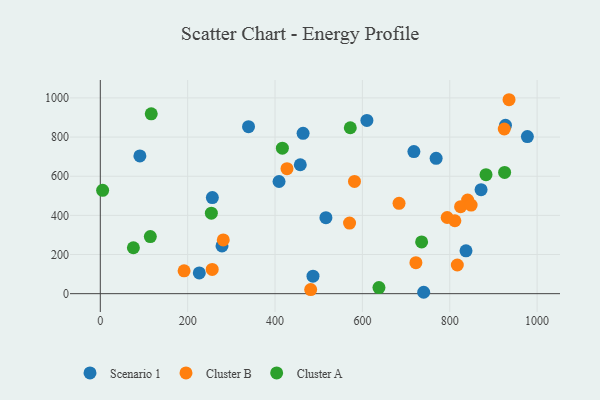
{"axis": {"x": "Engine Size", "y": "Exam Score"}, "legend": ["Cluster A", "Cluster B", "Scenario 1"], "data": [{"x": "927.6", "y": 860.0, "type": "Scenario 1"}, {"x": "610.3", "y": 885.2, "type": "Scenario 1"}, {"x": "486.9", "y": 89.4, "type": "Scenario 1"}, {"x": "256.5", "y": 490.8, "type": "Scenario 1"}, {"x": "717.9", "y": 725.9, "type": "Scenario 1"}, {"x": "339.3", "y": 853.2, "type": "Scenario 1"}, {"x": "871.7", "y": 531.3, "type": "Scenario 1"}, {"x": "90.6", "y": 703.7, "type": "Scenario 1"}, {"x": "226.6", "y": 106.1, "type": "Scenario 1"}, {"x": "516.5", "y": 388.2, "type": "Scenario 1"}, {"x": "837.2", "y": 218.9, "type": "Scenario 1"}, {"x": "740.3", "y": 7.1, "type": "Scenario 1"}, {"x": "457.8", "y": 658.5, "type": "Scenario 1"}, {"x": "409.2", "y": 572.9, "type": "Scenario 1"}, {"x": "977.7", "y": 802.5, "type": "Scenario 1"}, {"x": "464.2", "y": 819.1, "type": "Scenario 1"}, {"x": "768.8", "y": 691.4, "type": "Scenario 1"}, {"x": "278.6", "y": 243.9, "type": "Scenario 1"}, {"x": "935.7", "y": 990.8, "type": "Cluster B"}, {"x": "191.8", "y": 116.6, "type": "Cluster B"}, {"x": "794.1", "y": 389.1, "type": "Cluster B"}, {"x": "840.9", "y": 478.1, "type": "Cluster B"}, {"x": "722.5", "y": 158.4, "type": "Cluster B"}, {"x": "824.8", "y": 444.3, "type": "Cluster B"}, {"x": "256.2", "y": 124.0, "type": "Cluster B"}, {"x": "683.9", "y": 461.3, "type": "Cluster B"}, {"x": "481.6", "y": 20.7, "type": "Cluster B"}, {"x": "817.3", "y": 146.4, "type": "Cluster B"}, {"x": "581.9", "y": 573.6, "type": "Cluster B"}, {"x": "811.7", "y": 372.6, "type": "Cluster B"}, {"x": "924.8", "y": 841.2, "type": "Cluster B"}, {"x": "281.5", "y": 274.7, "type": "Cluster B"}, {"x": "427.4", "y": 638.6, "type": "Cluster B"}, {"x": "570.6", "y": 360.8, "type": "Cluster B"}, {"x": "848.9", "y": 452.7, "type": "Cluster B"}, {"x": "637.9", "y": 31.0, "type": "Cluster A"}, {"x": "114.5", "y": 291.8, "type": "Cluster A"}, {"x": "116.6", "y": 918.7, "type": "Cluster A"}, {"x": "416.8", "y": 743.1, "type": "Cluster A"}, {"x": "5.3", "y": 527.9, "type": "Cluster A"}, {"x": "925.6", "y": 619.5, "type": "Cluster A"}, {"x": "572.3", "y": 847.5, "type": "Cluster A"}, {"x": "254.2", "y": 411.1, "type": "Cluster A"}, {"x": "75.7", "y": 234.6, "type": "Cluster A"}, {"x": "883.0", "y": 607.8, "type": "Cluster A"}, {"x": "735.6", "y": 264.5, "type": "Cluster A"}]}